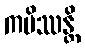
ကမိဿန္တိ